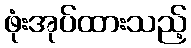
ဖုံးအုပ်ထားသည့်